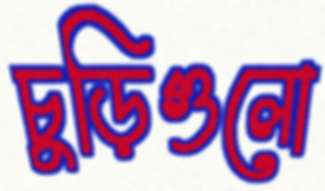
চুড়িগুলো